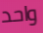
واحد